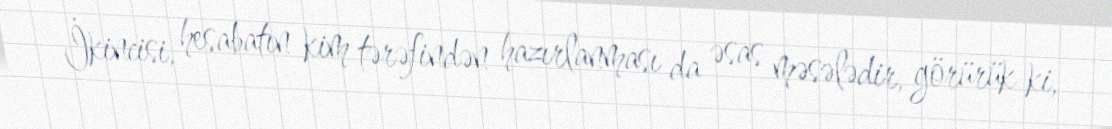
İkincisi, hesabatın kim tərəfindən hazırlanması da əsas məsələdir, görürük ki,